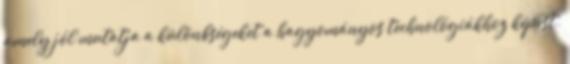
amely jól mutatja a különbségeket a hagyományos technológiákhoz képest.